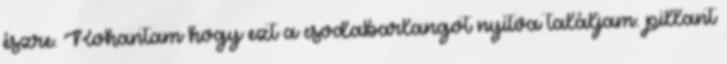
észre. Rohantam hogy ezt a csodabarlangot nyitva találjam. pillant